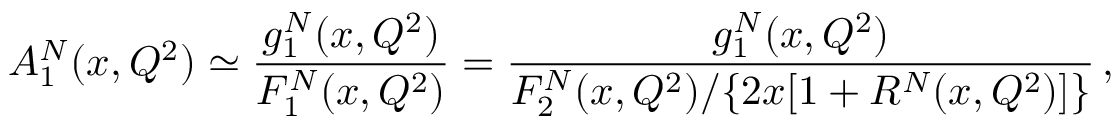
A _ { 1 } ^ { N } ( x , Q ^ { 2 } ) \simeq \frac { g _ { 1 } ^ { N } ( x , Q ^ { 2 } ) } { F _ { 1 } ^ { N } ( x , Q ^ { 2 } ) } = \frac { g _ { 1 } ^ { N } ( x , Q ^ { 2 } ) } { F _ { 2 } ^ { N } ( x , Q ^ { 2 } ) / \{ 2 x [ 1 + R ^ { N } ( x , Q ^ { 2 } ) ] \} } \, ,